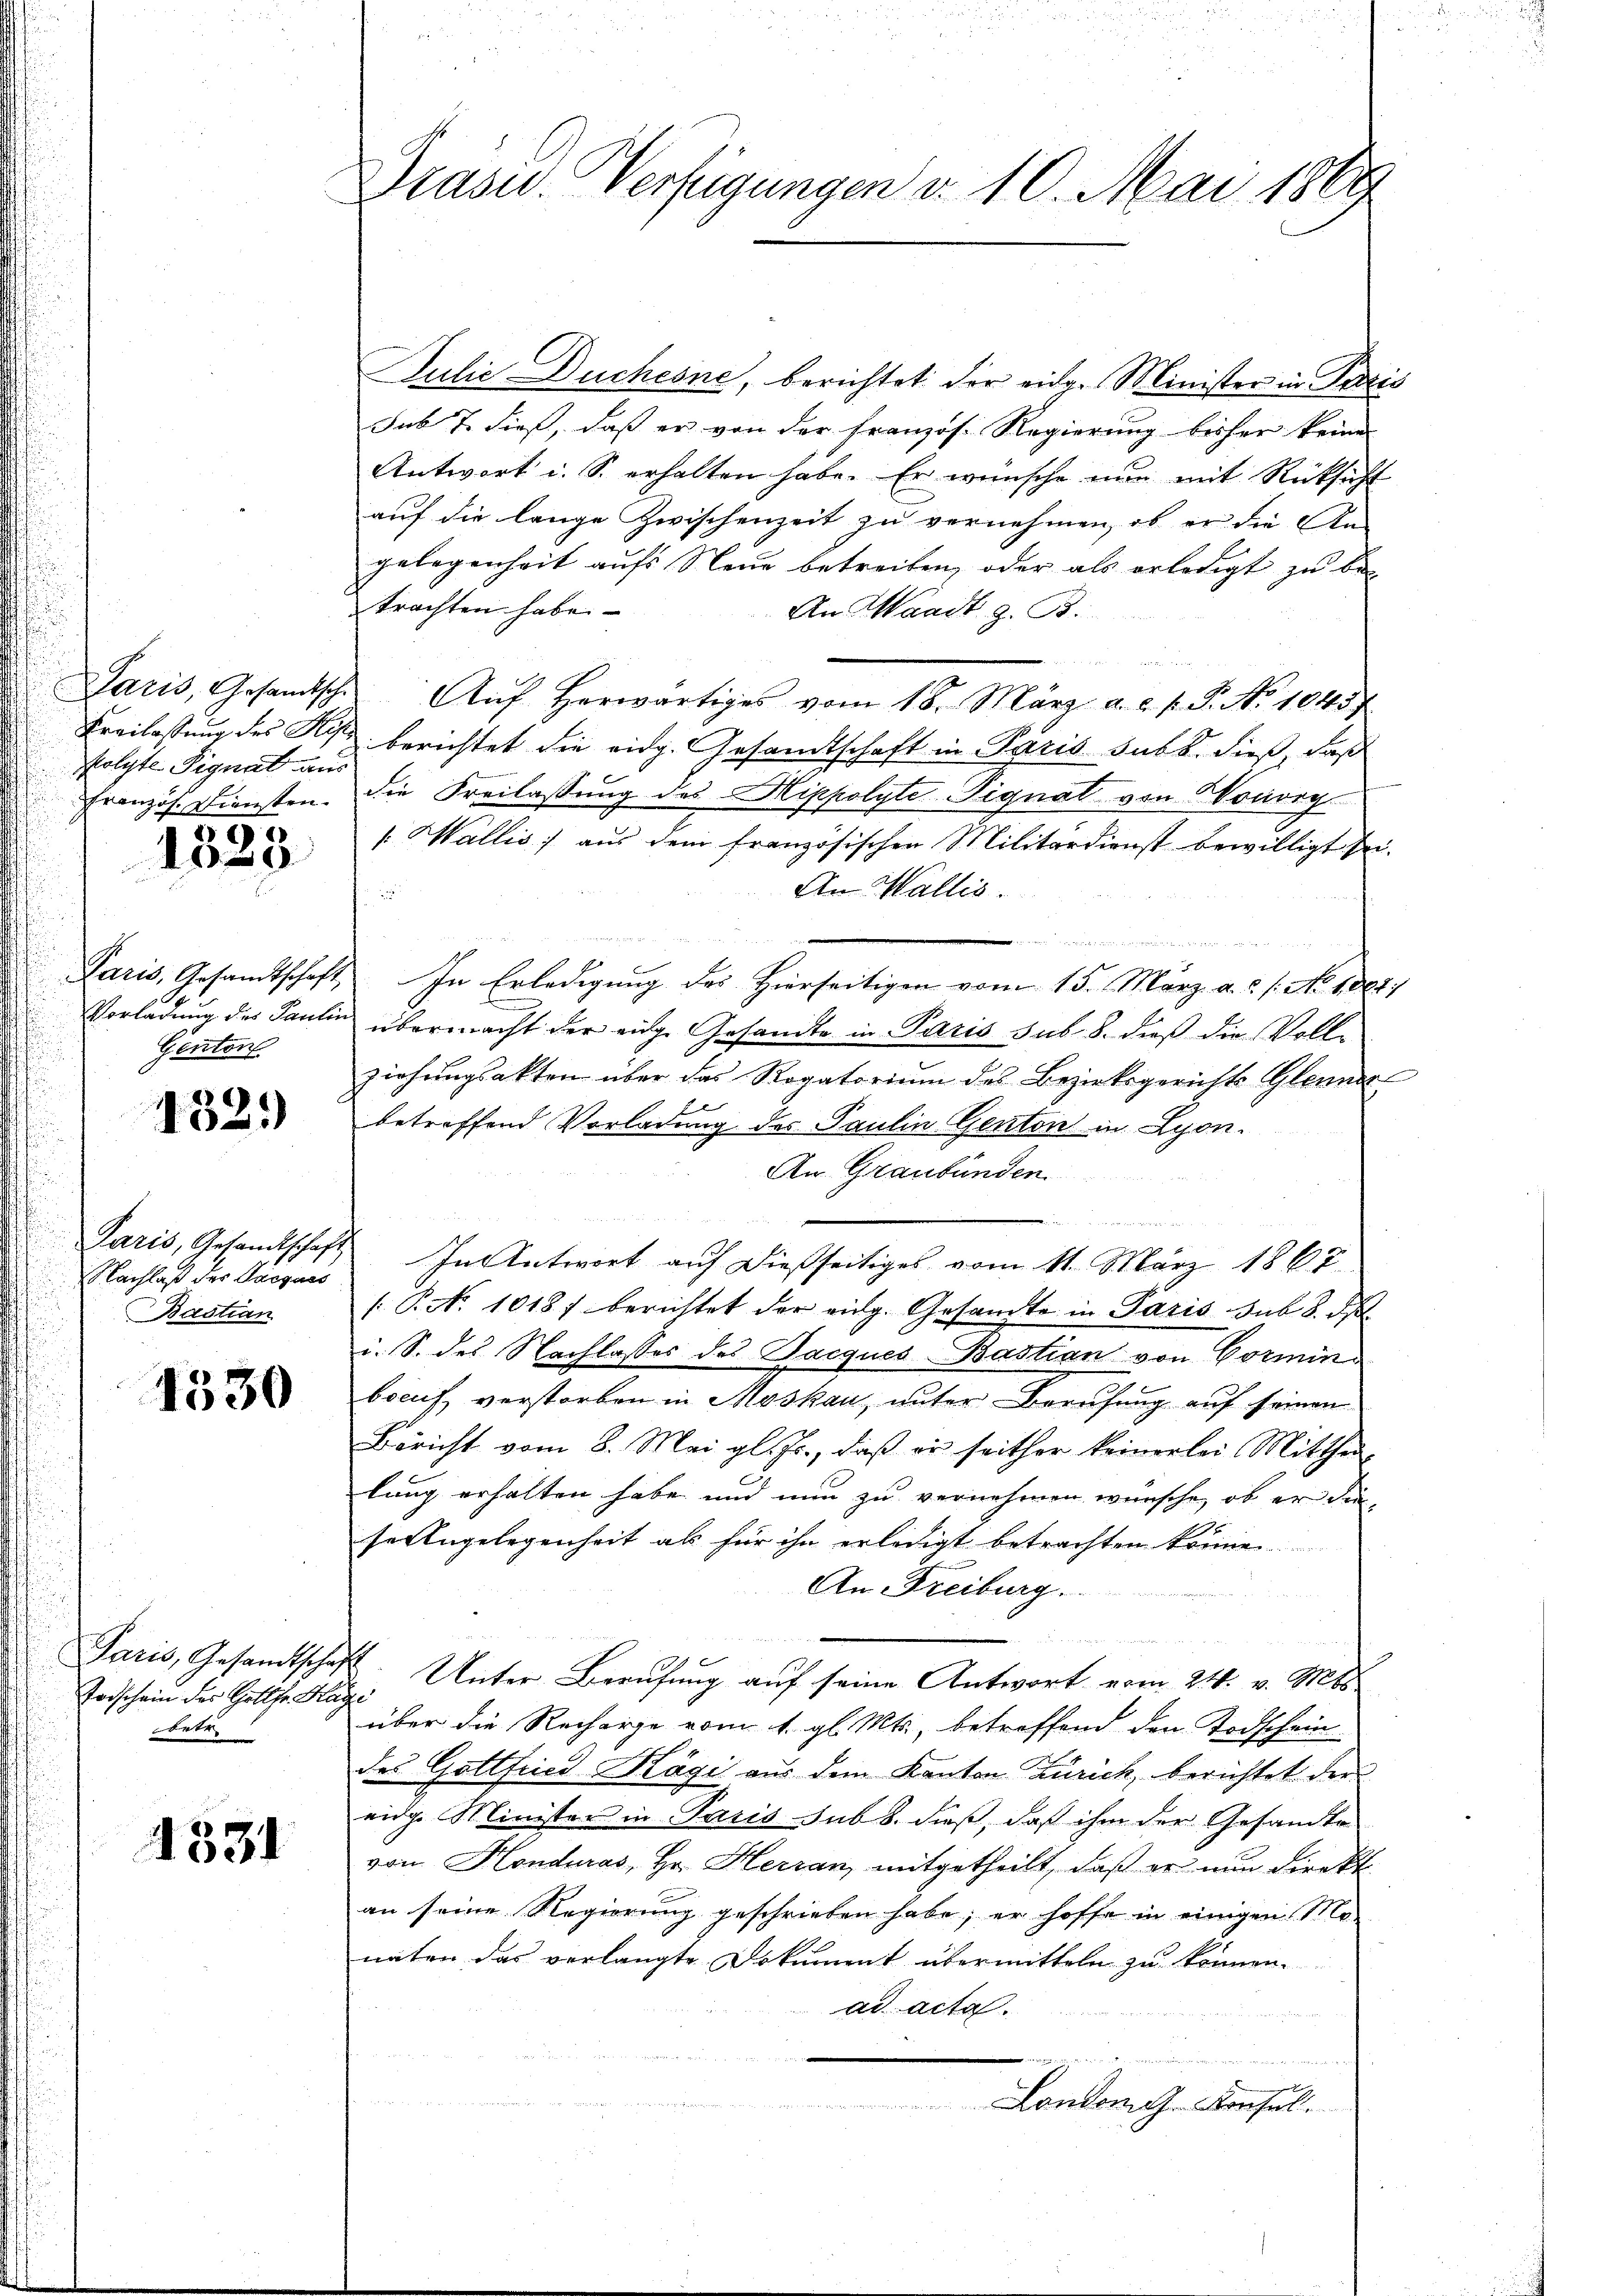
folgte Signat aus
Französ. Diensten.

1323

Paris, Gesandtschaft,
Genton

432.

Paris, Gesandtschaft
Nachlaß der Parques
Bastian

1530

Paris, Gesandtschaf
Todschein des Gottfr. Hag
betr.

4331

Präser. Verfügungen d. 10. Mai 1889

Julie Duchesne, berichtet der eidg. Minister in Paris
sub 7. dieß, daß er von der französ. Regierung bisher keine
Antwort u. S. erhalten habe. Er wünsche nun mit Rücksicht
auf die lange Zwischenzeit zu vernehmen, ob er die An-
gelegenheit aufs Neue betreiten, oder als erledigt zu betrachten habe.
An Waadt z. B.
Paris, Gesamtsche Aŭf herwärtiges vom 18. März a. c. v. J. No 1045
Freilassung des K. berichtet die eidg. Gesandtschaft in Paris sub b. dieß, daß
die Freilassung des Hippolyte Pignat von Wouvry
1. Wallis, aus dem französischen Militärdienst bewilligt sei.
An Wallis.
2
 In Erledigung des Hierseitigen vom 15. März a.c. s. No. 1881.
Vorladung des Paulin übermacht der eige Gesandte in Paris sub. 8. dieß die Volliziehŭngsakten über das Rogatorium des Bezirksgerichts Glennere
betreffend Vorladung des Paulin Genton in Lyon.
An Graubünden
In Antwort auf dießseitiges vom 11. März 1867
[P.No 1018) berichtet der eidg. Gesandte in Paris sub. 8. d
i. S. des Nachlasses des Jacques Bastian von Görmind
beruf verstorben in Moskau, unter Berufung auf seinen
Bericht vom 8. Mai gl. Js., daß er seither keinerlei Mitthei-
lung erhalten habe und nun zu vernehmen wünsche, ob er die
x
seingelegenheit als für ihn erledigt betrachten könne
An Freiburg.
8. Unter Berufung auf seine Antwort vom 24. v. Mts
e
über die Recherge vom 1. gl. Mts., betreffend den Todschein
des Gottfried Kägi aus dem Kanton Zürich, berichtet der
eige Minister in Paris sub 8. dieß, daß ihm der Gesandte
von Honduras, Hr. Herran, mitgetheilt, daß er nun direkt
an seine Regierung geschrieben habe; er hoffe in einigen Mo-
naten das verlangte Dokument übermitteln zu können.
ad acta.
e
London G. Konsul